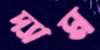
দ্যাম